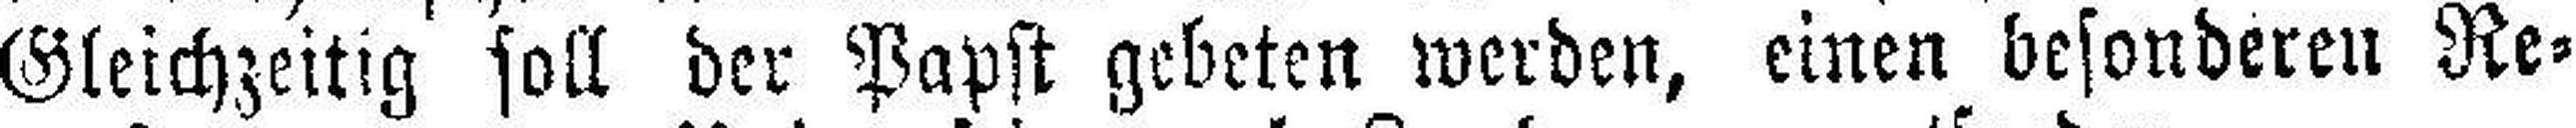
Gleichzeitig soll der Papst gebeten werden, einen besonderen Re¬